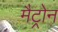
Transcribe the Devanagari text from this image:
मैट्रोन